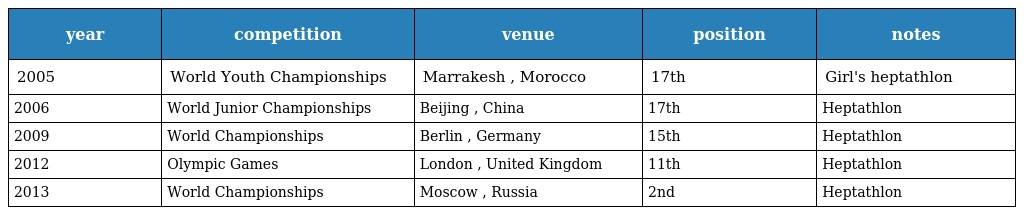
| year | competition | venue | position | notes |
 | --- | --- | --- | --- | --- |
 | 2005 | World Youth Championships | Marrakesh , Morocco | 17th | Girl's heptathlon |
 | 2006 | World Junior Championships | Beijing , China | 17th | Heptathlon |
 | 2009 | World Championships | Berlin , Germany | 15th | Heptathlon |
 | 2012 | Olympic Games | London , United Kingdom | 11th | Heptathlon |
 | 2013 | World Championships | Moscow , Russia | 2nd | Heptathlon |